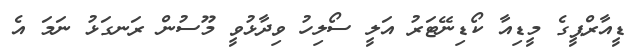
ޑީއާރްޕީގެ މީޑިއާ ކޯޑިނޭޓަރު އަލީ ސޯލިހު ވިދާޅުވީ މޫސުން ރަނގަޅު ނަމަ އެ